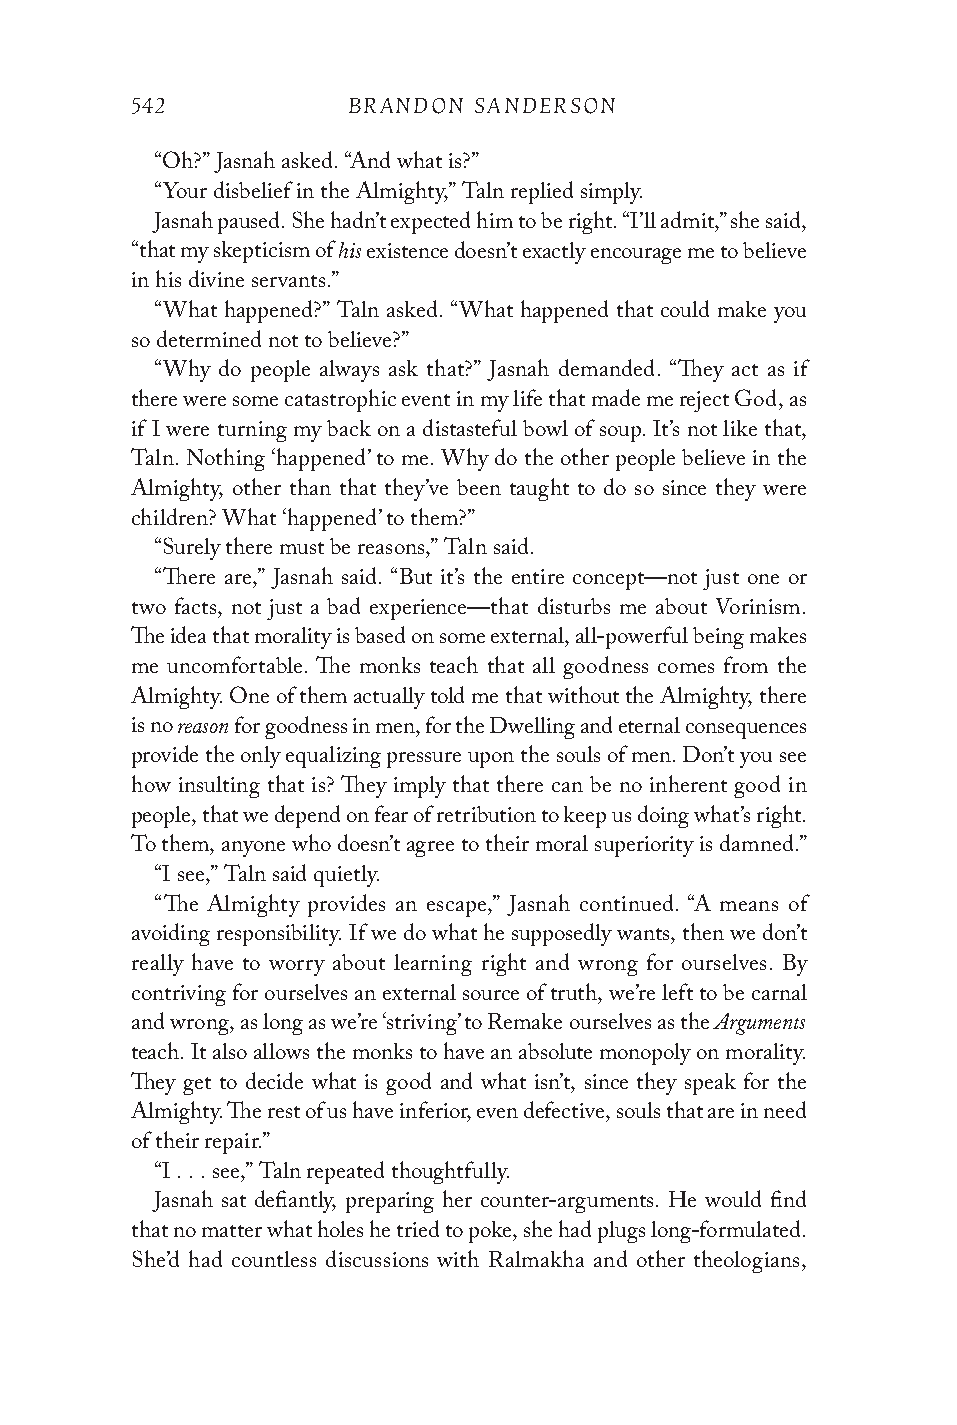
542           BRANDON SANDERSON
 “Oh?” Jasnah asked. “And what is?”
 “Your disbelief in the Almighty,” Taln replied simply.
 Jasnah paused. She hadn’t expected him to be right. “I’ll admit,” she said,
 his
 “that my skepticism of existence doesn’t exactly encourage me to believe
 in his divine servants.”
 “What happened?” Taln asked. “What happened that could make you
 so determined not to believe?”
 “Why do people always ask that?” Jasnah demanded. “They act as if
 there were some catastrophic event in my life that made me reject God, as
 if I were turning my back on a distasteful bowl of soup. It’s not like that,
 Taln. Nothing ‘happened’ to me. Why do the other people believe in the
 Almighty, other than that they’ve been taught to do so since they were
 children? What ‘happened’ to them?”
 “Surely there must be reasons,” Taln said.
 “There are,” Jasnah said. “But it’s the entire concept—not just one or
 two facts, not just a bad experience—that disturbs me about Vorinism.
 The idea that morality is based on some external, all-powerful being makes
 me uncomfortable. The monks teach that all goodness comes from the
 Almighty. One of them actually told me that without the Almighty, there
 reason
 is no  for goodness in men, for the Dwelling and eternal consequences
 provide the only equalizing pressure upon the souls of men. Don’t you see
 how insulting that is? They imply that there can be no inherent good in
 people, that we depend on fear of retribution to keep us doing what’s right.
 To them, anyone who doesn’t agree to their moral superiority is damned.”
 “I see,” Taln said quietly.
 “The Almighty provides an escape,” Jasnah continued. “A means of
 avoiding responsibility. If we do what he supposedly wants, then we don’t
 really have to worry about learning right and wrong for ourselves. By
 contriving for ourselves an external source of truth, we’re left to be carnal
 Arguments
 and wrong, as long as we’re ‘striving’ to Remake ourselves as the
 teach. It also allows the monks to have an absolute monopoly on morality.
 They get to decide what is good and what isn’t, since they speak for the
 Almighty. The rest of us have inferior, even defective, souls that are in need
 of their repair.”
 “I . . . see,” Taln repeated thoughtfully.
 Jasnah sat defiantly, preparing her counter-arguments. He would find
 that no matter what holes he tried to poke, she had plugs long-formulated.
 She’d had countless discussions with Ralmakha and other theologians,